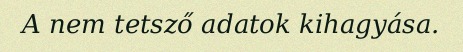
A nem tetsző adatok kihagyása.